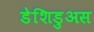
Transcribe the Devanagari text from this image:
डेशिडुअस